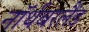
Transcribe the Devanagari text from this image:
नॉर्थबरलैंड